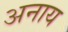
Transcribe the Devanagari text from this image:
अनाय